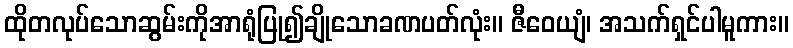
ထိုတလုပ်သောဆွမ်းကိုအာရုံပြု၍ချိုသောခဏပတ်လုံး။ ဇီဝေယျံ၊ အသက်ရှင်ပါမူကား။